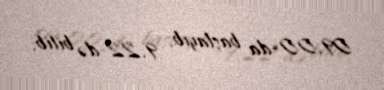
09.00-da başlayıb, 9.22-də bitib.